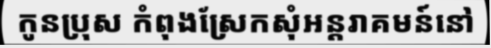
កូនប្រុស កំពុងស្រែកសុំអន្តរាគមន៍នៅ